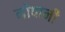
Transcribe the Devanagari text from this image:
नोपानी